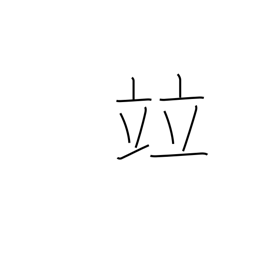
Meaning: rank with